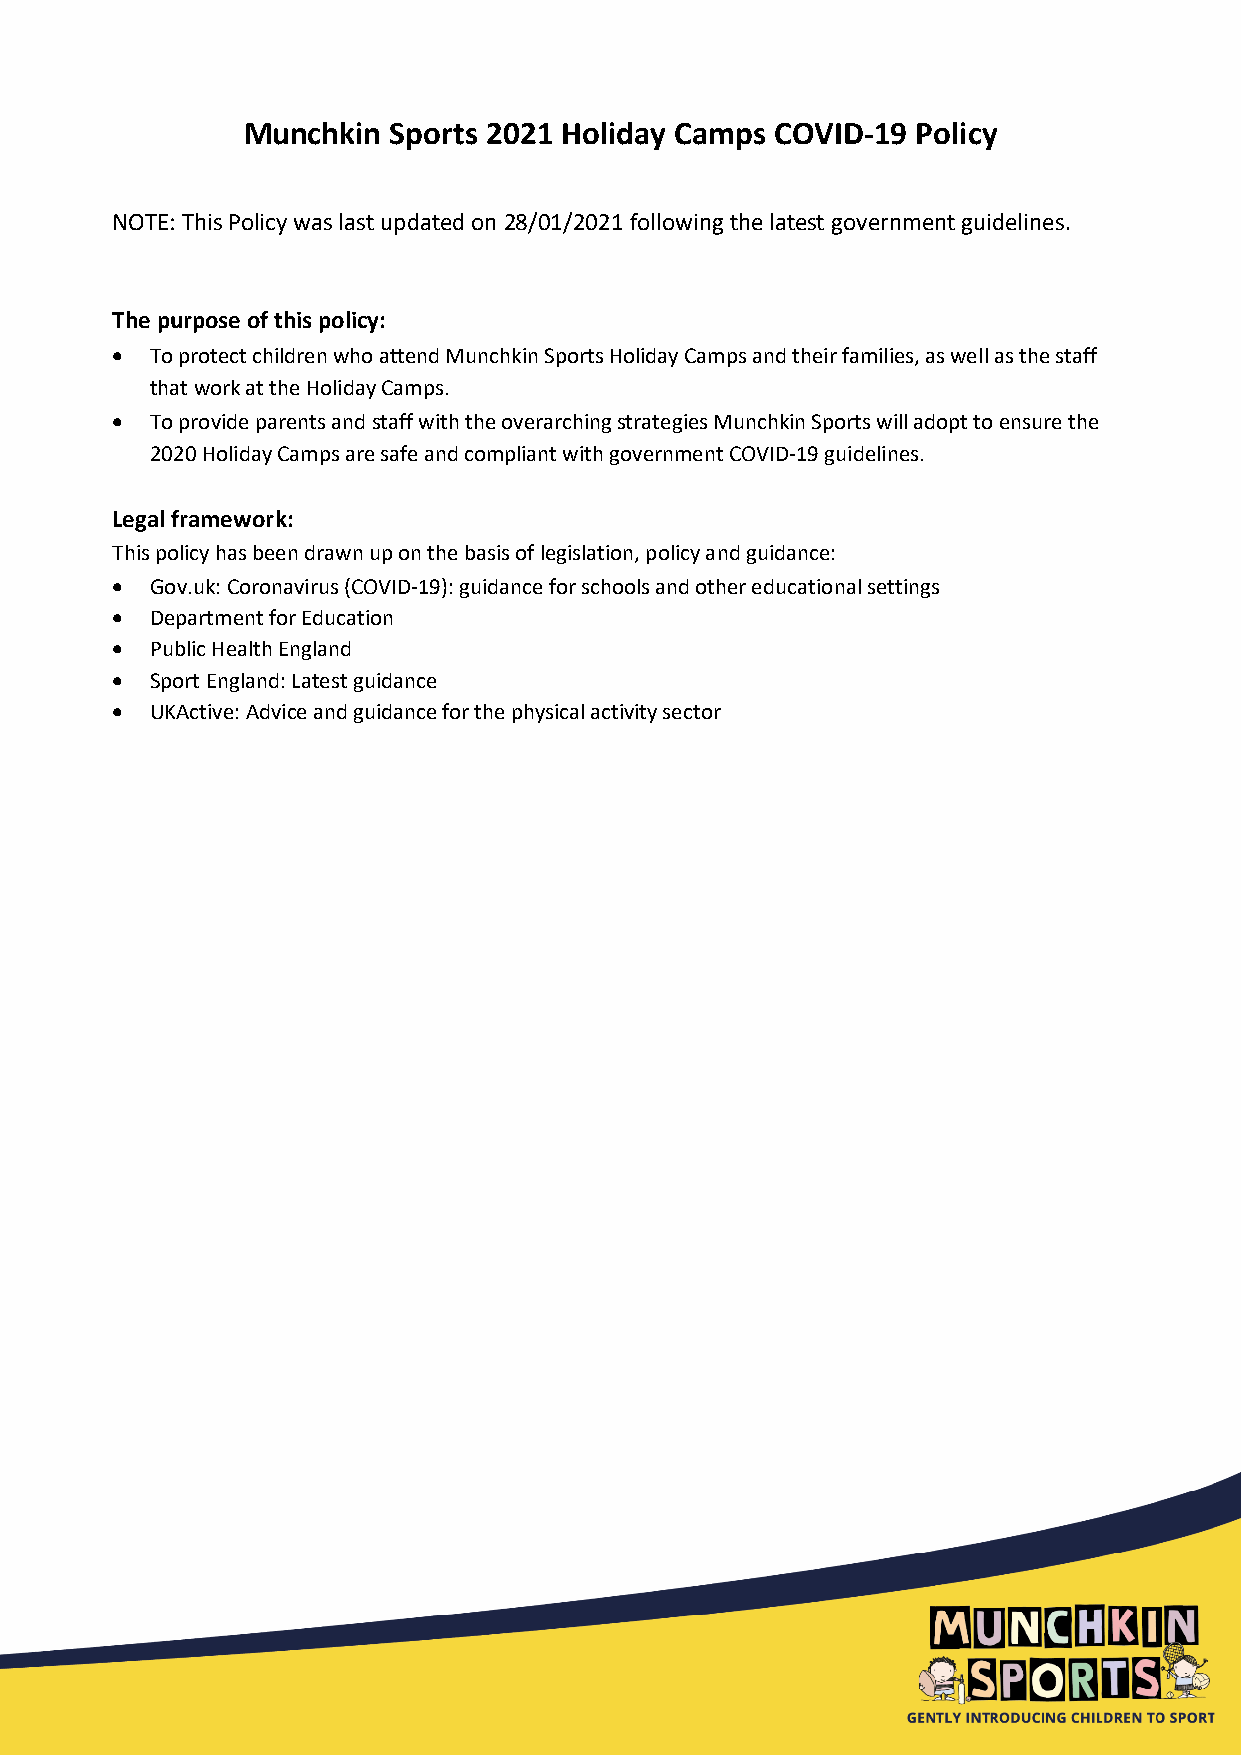
Munchkin  Sports 2021 Holiday Camps COVID-19 Policy
 NOTE: This Policy was last updated on 28/01/2021 following the latest government guidelines.
 The purpose of this policy:
 •  To protect children who attend Munchkin Sports Holiday Camps and their families, as well as the staff
 that work at the Holiday Camps.
 •  To provide parents and staff with the overarching strategies Munchkin Sports will adopt to ensure the
 2020 Holiday Camps are safe and compliant with government COVID-19 guidelines.
 Legal framework:
 This policy has been drawn up on the basis of legislation, policy and guidance:
 •  Gov.uk: Coronavirus (COVID-19): guidance for schools and other educational settings
 •  Department for Education
 •  Public Health England
 •  Sport England: Latest guidance
 •  UKActive: Advice and guidance for the physical activity sector